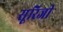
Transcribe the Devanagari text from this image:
सूरिजी